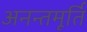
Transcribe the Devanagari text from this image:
अनन्तमूर्ति